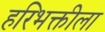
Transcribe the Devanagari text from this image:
हरिभक्तीला